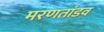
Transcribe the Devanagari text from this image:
मरणतांडव